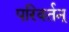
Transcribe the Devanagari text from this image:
परिवर्तन्